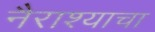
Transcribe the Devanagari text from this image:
नैराश्याचा